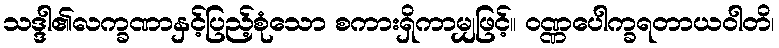
သဒ္ဒါ၏လက္ခဏာနှင့်ပြည့်စုံသော စကားရှိကာမျှဖြင့်။ ဝဏ္ဏပေါက္ခရတာယဝါတိ၊